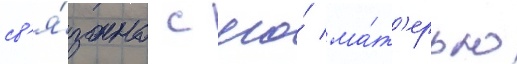
св'я́зано с его́ ма́т'ерью